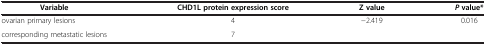
<table><thead><tr><td><b>Variable</b></td><td><b>CHD1L protein expression score</b></td><td><b>Z value</b></td><td><b><i>P </i>value*</b></td></tr></thead><tbody><tr><td>ovarian primary lesions</td><td>4</td><td>−2.419</td><td>0.016</td></tr><tr><td>corresponding metastatic lesions</td><td>7</td><td> </td><td> </td></tr></tbody></table>